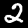
Label: 2